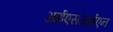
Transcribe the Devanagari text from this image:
आईएसआईएन